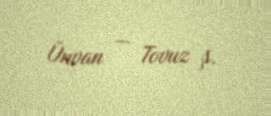
Ünvan — Tovuz ş.